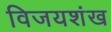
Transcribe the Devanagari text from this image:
विजयशंख